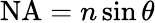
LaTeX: \mathrm{NA}=n\sin\theta